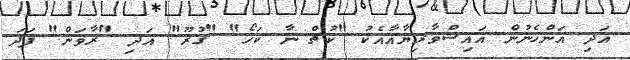
އަދި އަންހެނުން އައިޝްވާރިޔާއާއެކު "ކުޗް ނާ ކަހޯ" "ގުރޫ" އަދި "ރާވަން" ފަދަ